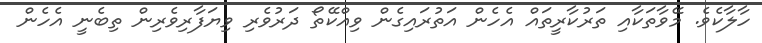
ހާލާކެވެ. މޭވާތަކާއި ތަރުކާރީތައް އެހެން އަތުރައިގެން ވިއްކޭތޯ ދަރުވެރި ވިިޔަފާރިވެރިން ތިބެނީ އެހެން